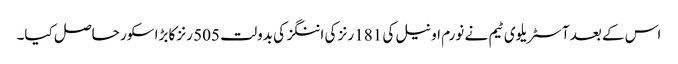
اس کے بعد آسٹریلوی ٹیم نے نورم او نیل کی 181 رنز کی اننگز کی بدولت 505 رنز کا بڑا سکور حاصل کیا۔